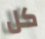
كل